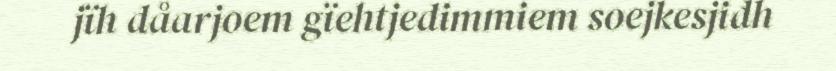
jïh dåarjoem gïehtjedimmiem soejkesjidh